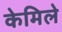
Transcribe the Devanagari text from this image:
केमिले